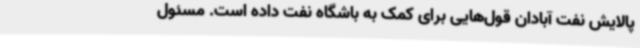
پالایش نفت آبادان قول‌هایی برای کمک به باشگاه نفت داده است. مسئول